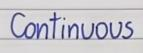
Continuous